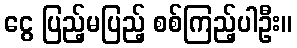
ငွေ ပြည့်မပြည့် စစ်ကြည့်ပါဦး။